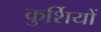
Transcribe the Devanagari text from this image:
कुर्शियों